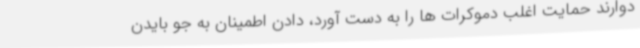
دوارند حمایت اغلب دموکرات ها را به دست آورد، دادن اطمینان به جو بایدن